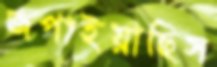
জপাইয়াছিস